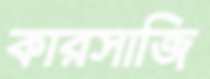
কারসাজি